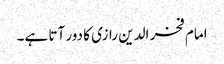
امام فخر الدین رازی کا دور آتا ہے۔